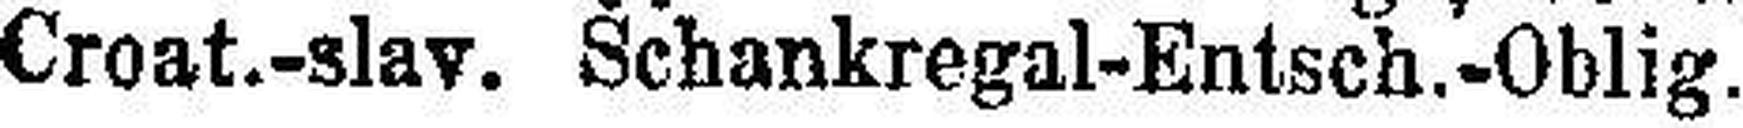
Croat.-slav. Schankregal-Entsch.-Oblig.